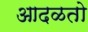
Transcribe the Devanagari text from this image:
आदळतो